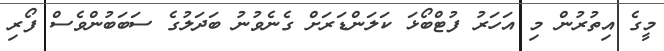
މީގެ އިތުރުން މި އަހަރު ފުޓްބޯޅަ ކަލަންޑަރަށް ގެނެވުނު ބަދަލުގެ ސަބަބުންވެސް ފޯރި